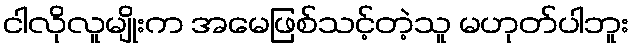
ငါလိုလူမျိုးက အမေဖြစ်သင့်တဲ့သူ မဟုတ်ပါဘူး